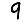
Digit: 9